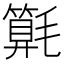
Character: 𣰚